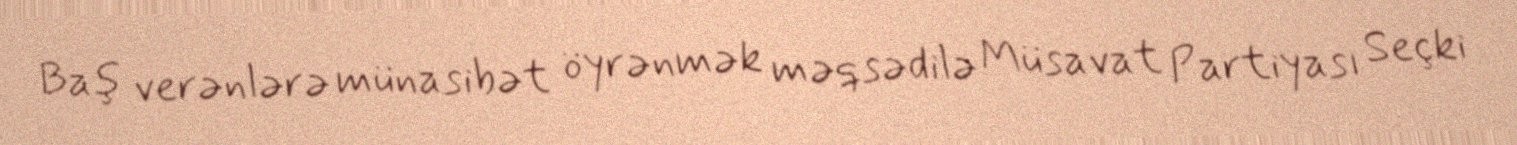
Baş verənlərə münasibət öyrənmək məqsədilə Müsavat Partiyası Seçki